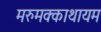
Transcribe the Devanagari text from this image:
मरुमक्काथायम